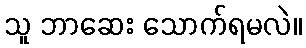
သူ ဘာဆေး သောက်ရမလဲ။